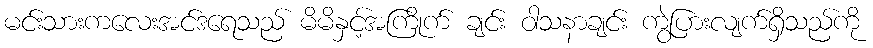
မင်းသားကလေးအင်ဒရေသည် မိမိနှင့်အကြိုက် ချင်း ဝါသနာချင်း ကွဲပြားလျက်ရှိသည်ကို